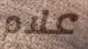
علام